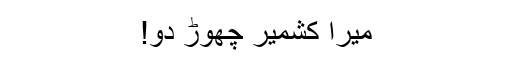
میرا کشمیر چھوڑ دو!